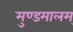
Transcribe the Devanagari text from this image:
मुण्डमालम्